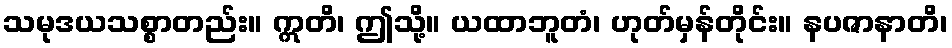
သမုဒယသစ္စာတည်း။ ဣတိ၊ ဤသို့။ ယထာဘူတံ၊ ဟုတ်မှန်တိုင်း။ နပဇာနာတိ၊